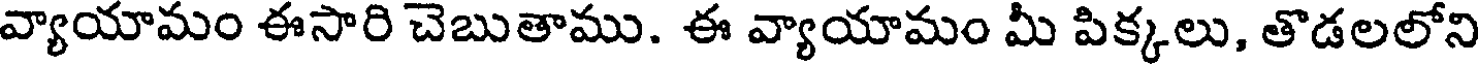
వ్యాయామం ఈసారి చెబుతాము. ఈ వ్యాయామం మీ పిక్కలు, తొడలలోని